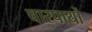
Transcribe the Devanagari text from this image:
चारपायों